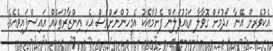
އެކުވެރިން އޭނާ ހޯދުމަށް ގޮވާލާ އަޑުއުފަލަން ފެށުމާއެކު އެމީހުންނަށްވެސް އެކި އިންޒާރުތަކެއް އައިސްފައިވެއެވެ.